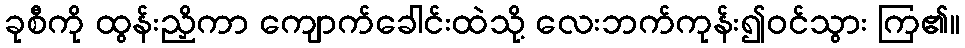
ခုစီကို ထွန်းညှိကာ ကျောက်ခေါင်းထဲသို့ လေးဘက်ကုန်း၍ဝင်သွား ကြ၏။